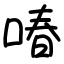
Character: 㖺